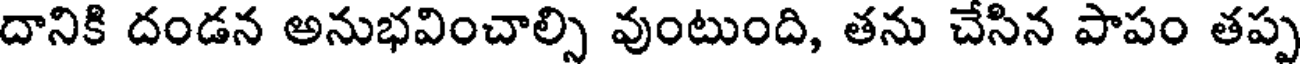
దానికి దండన అనుభవించాల్సి వుంటుంది, తను చేసిన పాపం తప్ప